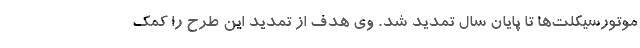
موتورسیکلت‌ها تا پایان سال تمدید شد. وی هدف از تمدید این طرح را کمک